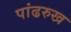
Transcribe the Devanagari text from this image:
पांढरुख